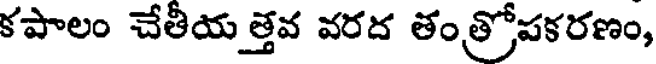
కపాలం చేతియత్తవ వరద తంత్రోపకరణం,